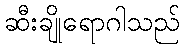
ဆီးချိုရောဂါသည်